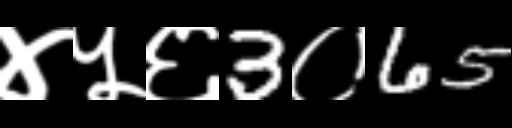
Text: ४५६3०65